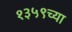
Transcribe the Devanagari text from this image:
१३५९च्या